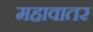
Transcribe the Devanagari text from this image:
महावातर